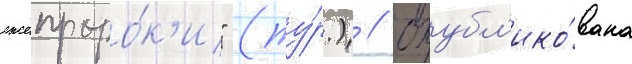
лжепроро́к'и" (ту́р.) // Опубл'ико́вана